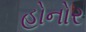
હોનોર